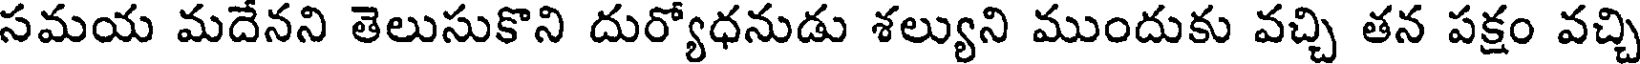
సమయ మదేనని తెలుసుకొని దుర్యోధనుడు శల్యుని ముందుకు వచ్చి తన పక్షం వచ్చి